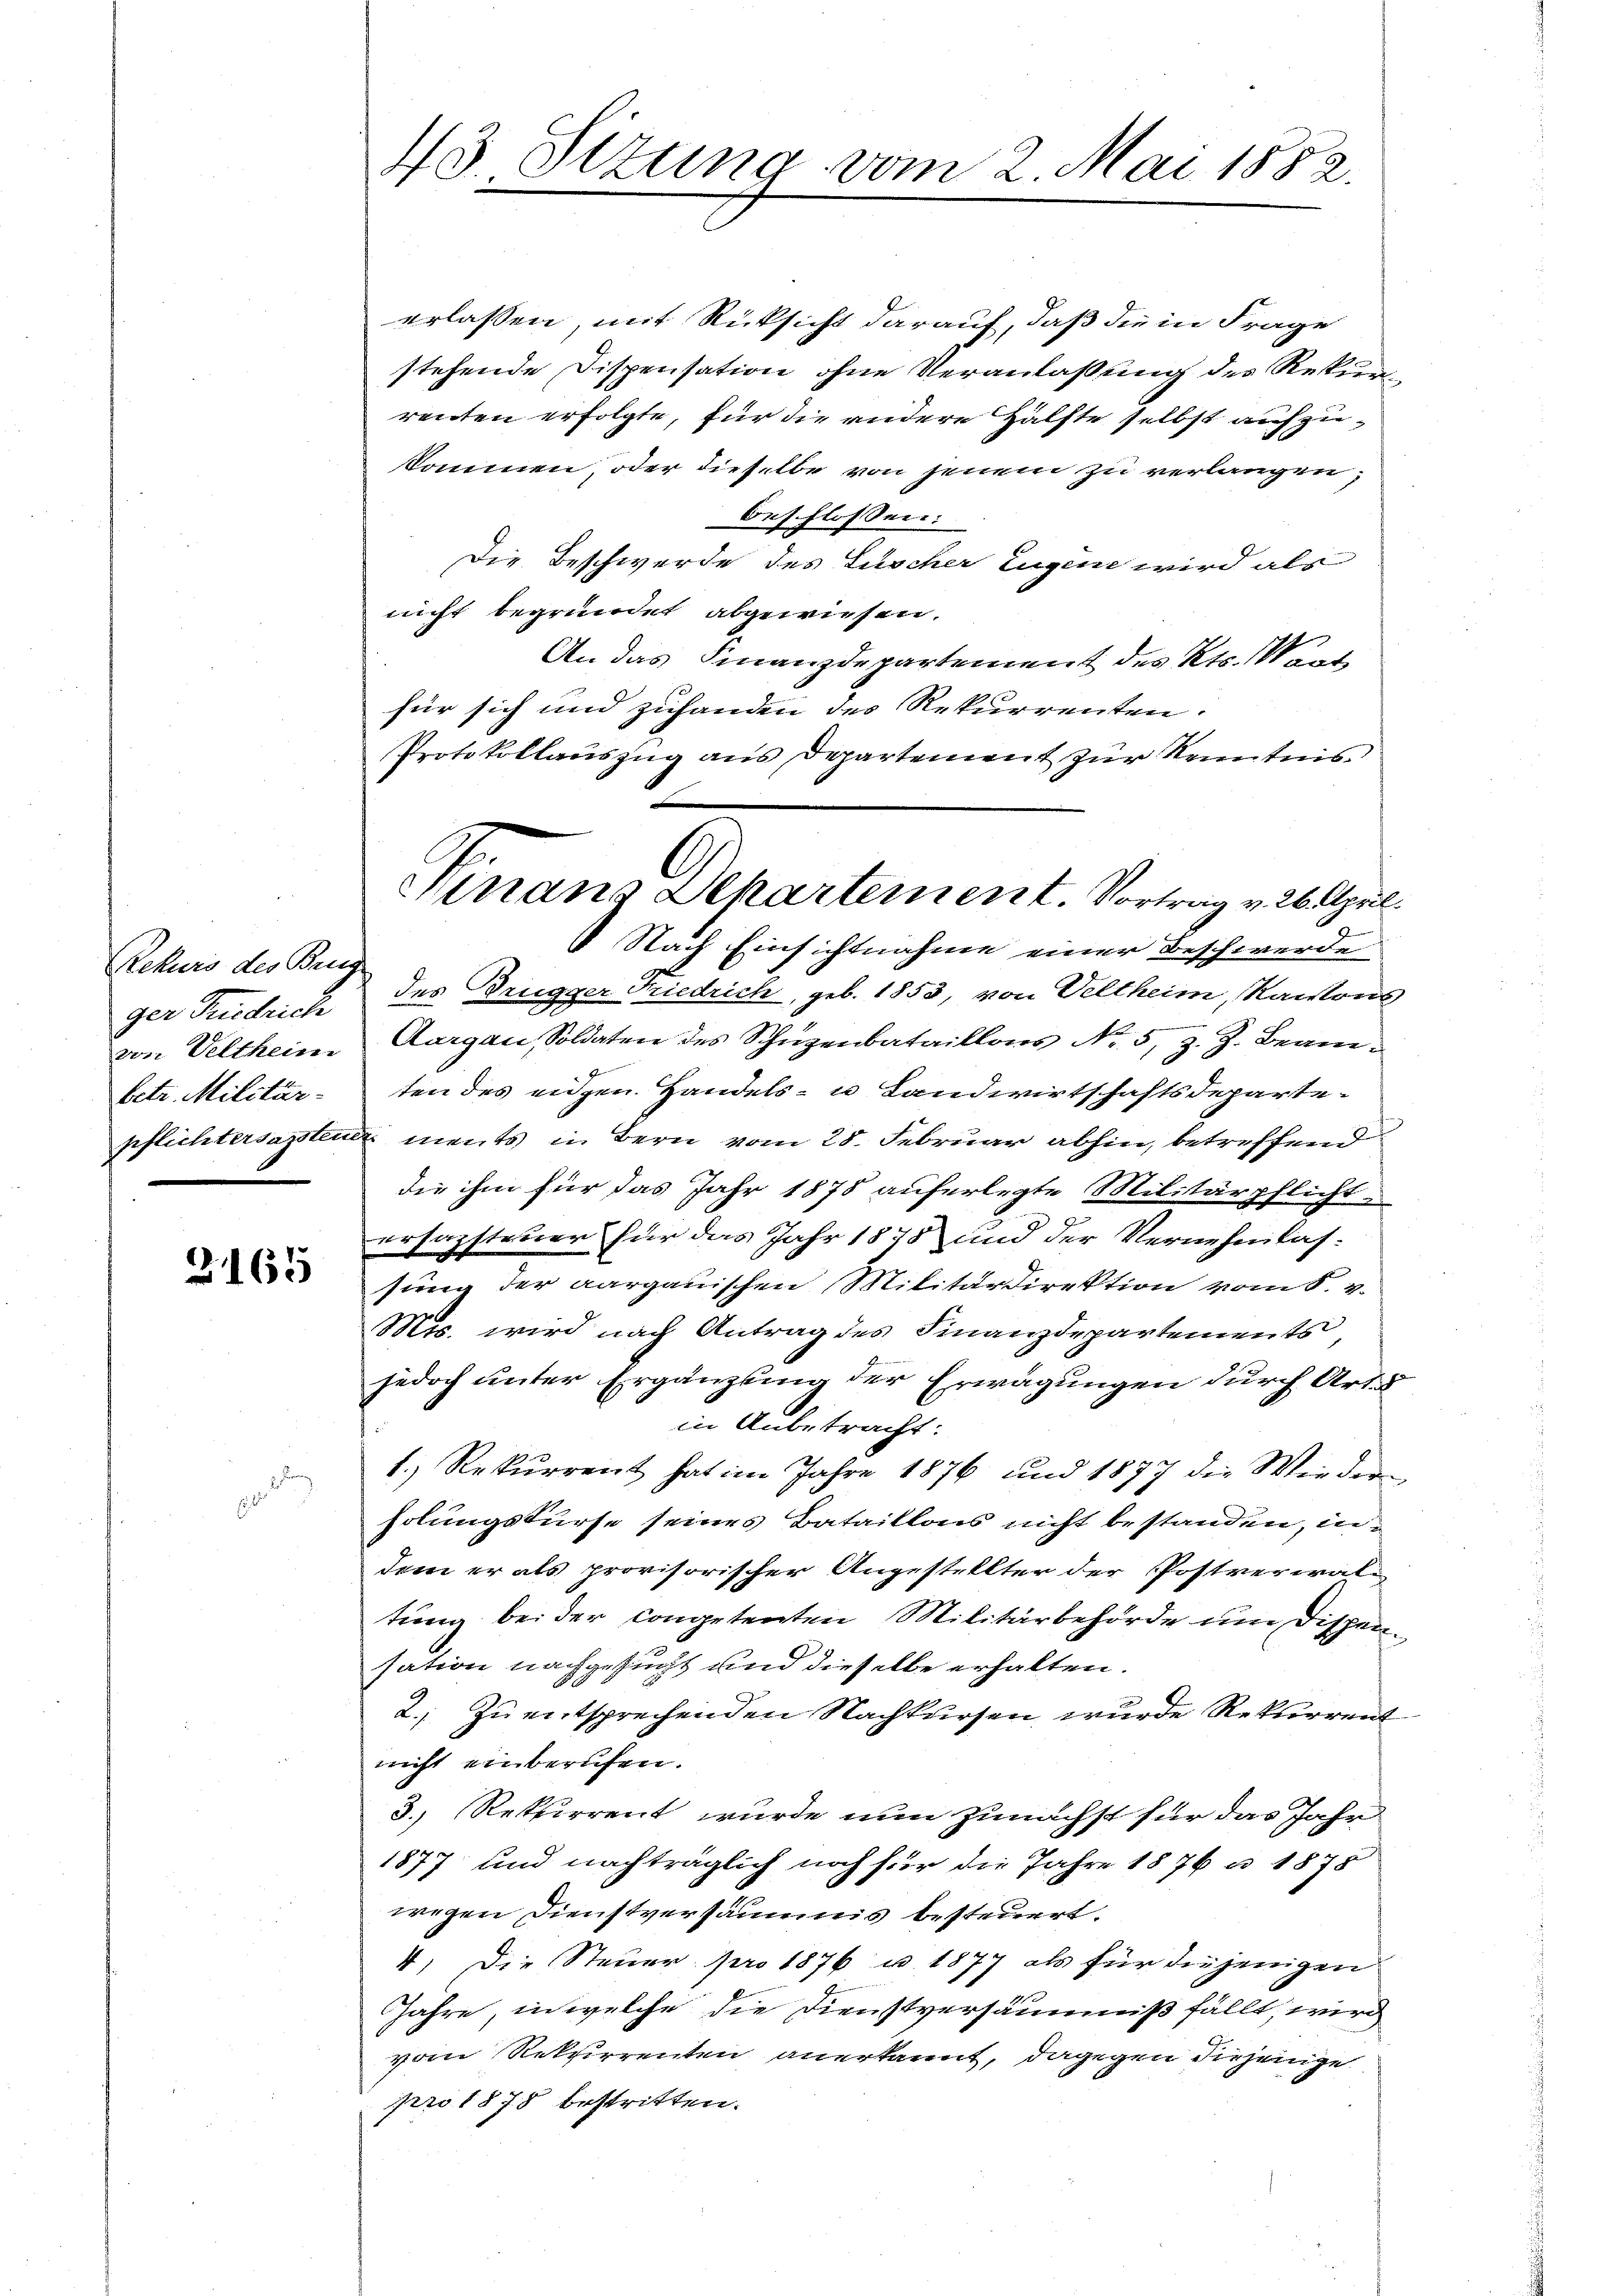
RRekurs des Brug
ger Friedrich
von Veltheim
betr. Militär-

G. 165

13. Stzung vom 2. Mai 1882.

Ninans Departement. Vortrag v. 26. April.
Nach Einsichtnahme einer Beschwerde

erlassen, mit Rücksicht darauf, daß die in Frage
stehende Dispensation ohne Veranlaßung des Rekurrenten erfolgte, für die andere Hälfte selbst aufzukommen, oder dieselbe von jenem zu verlangen;
beschlossen:
Die Beschwerde des Lüscher Eugene wird als
nicht begründet abgewiesen.
An das Finanzdepartement des Kts. Mart
für sich und zuhanden des Rekurrenten.
Protokollauszug aus Departement zur Kenntnis
des Brugger Friedrich, geb. 1853, von Veltheim, Kantons
Aargau, Soldaten des Schüzenbataillons No. 5, z. Z. Beamten des eigen. Handels- u Landwirtschaftsdepartepflichtersagten ments in Bern vom 28. Februar abhin, betreffend
die ihm für das Jahr 1878 auferlegte Militärpflicht-
ersagsteuer für das Jahr 1878 und der Vernehmlassung der aargauischen Militärdirektion vom 8. v.
Mis. wird nach Antrag des Finanzdepartements
jedoch unter Ergänzung der Erwägungen durch Art. 8
in Anbetracht:
1.) Rekurrent hat im Jahre 1876 und 1877 die Wieder-
holungskurse seines Bataillons nicht bestanden, indem er als provisorischer Angestellter der Postverwaltieng bei der competenten Militärbehörde um Dispensation nachgesucht und dieselbe erhalten.
2. Zu entsprechenden Nachkursen, wurde Rekurrent
nicht einberufen.
3. Rekurrent wurde nun zunächst für das Jahr
1877 und nachträglich noch für die Jahre 1876 u. 1878
wegen Dienstversäumis besteuert.
4. Die Steuer pro 1876 u. 1877 als für diejenigen
Jahre, in welche die Dienstversäumniß fällt, wird
vom Rekurrenten anerkannt, dagegen diejenige
pro 1878 bestritten.